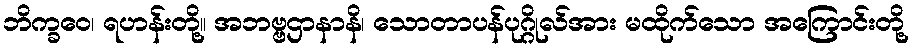
ဘိက္ခဝေ၊ ရဟန်းတို့။ အဘဗ္ဗဌာနာနိ၊ သောတာပန်ပုဂ္ဂိုလ်အား မထိုက်သော အကြောင်းတို့